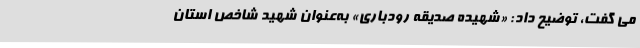
می گفت، توضیح داد: «شهیده صدیقه رودباری» به‌عنوان شهید شاخص استان